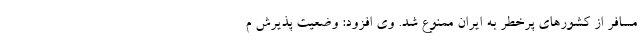
مسافر از کشورهای پرخطر به ایران ممنوع شد. وی افزود: وضعیت پذیرش م